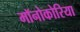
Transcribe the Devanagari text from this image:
मॉनोकोरिया